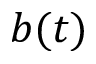
b ( t )